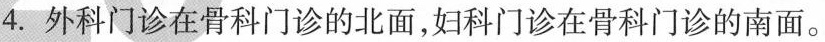
4. 外科门诊在骨科门诊的北面，妇科门诊在骨科门诊的南面。